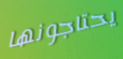
يحتاجونها